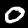
Digit: 0